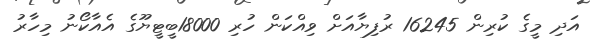
އަދި މީގެ ކުރިން 16245 ރުފިޔާއަށް ވިއްކަން ހުރި 18000ބީޓީޔޫގެ އެއާކޯނު މިހާރު